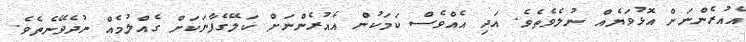
އެއުރެންނަށް އޮޅުވަޔެއް ނުލެވެތެވެ. އަދި އެއްވެސް ކަމަކުން އެއުރެންނަށް ކަލޭގެފާނަކަށް ގެއްލުމެއް ނުދެވޭނެތެވެ.